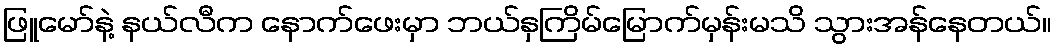
ဖြူမော်နဲ့ နယ်လီက နောက်ဖေးမှာ ဘယ်နှကြိမ်မြောက်မှန်းမသိ သွားအန်နေတယ်။